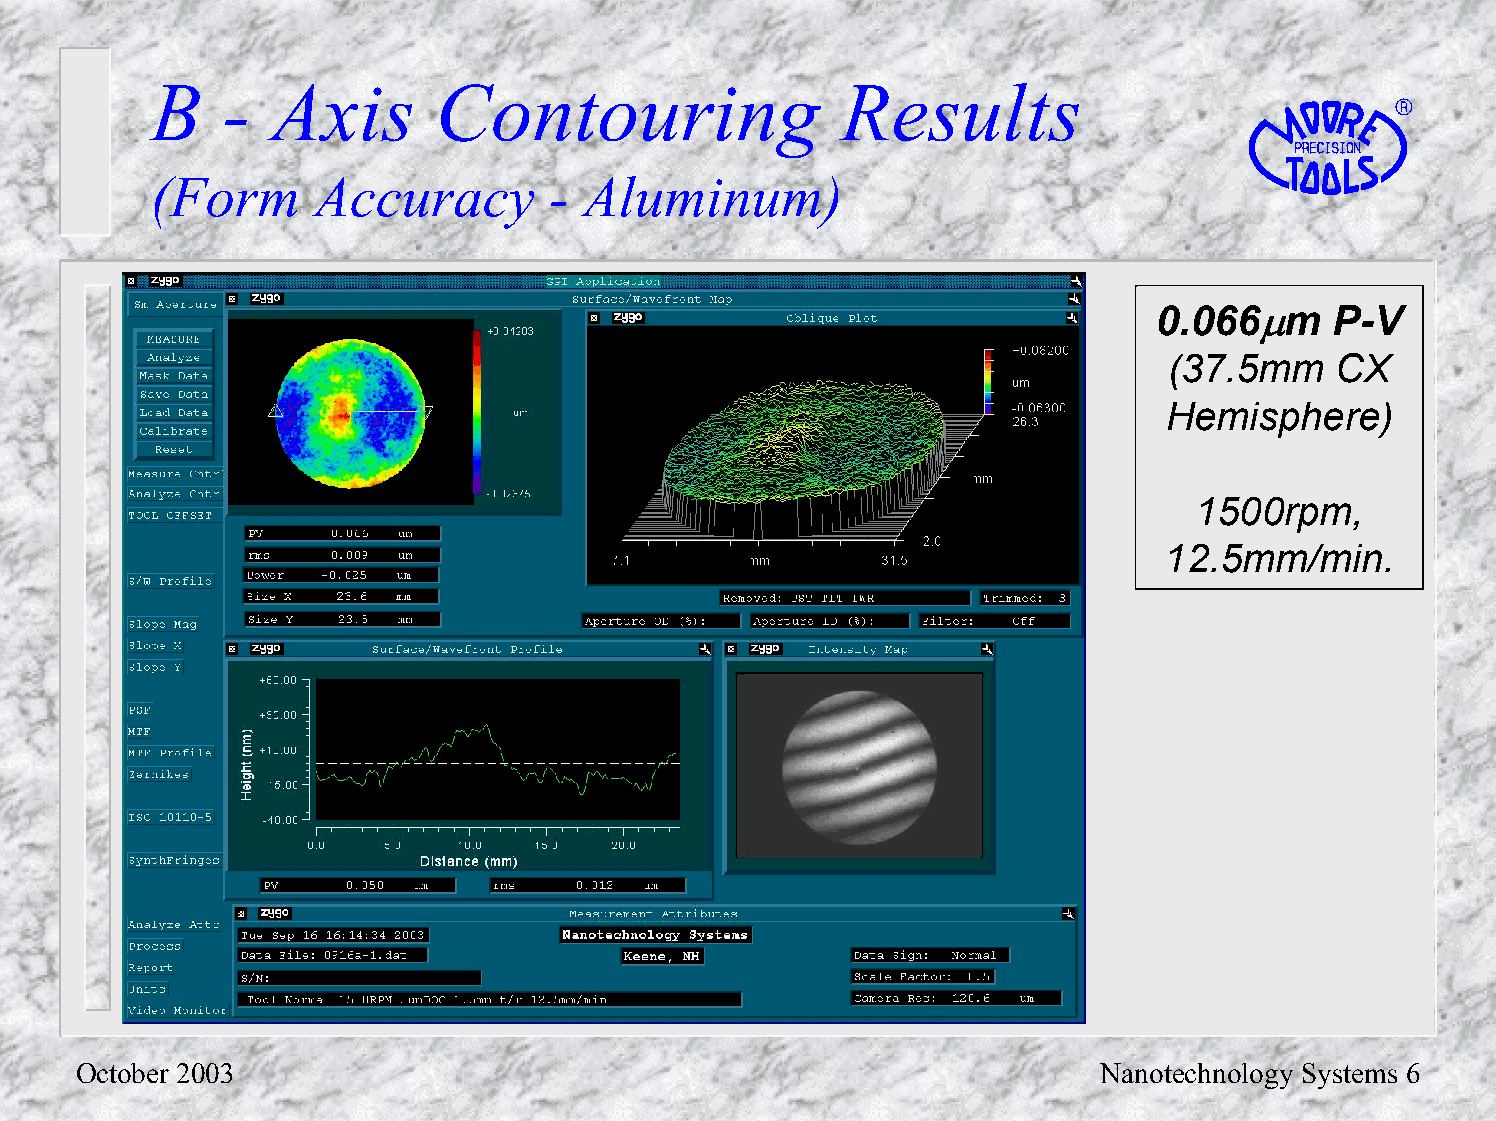
B    -  Axis       Contouring                 Results
 (Form      Accuracy       -  Aluminum)
 0.066µm    P-V
 (37.5mm     CX
 Hemisphere)
 1500rpm,
 12.5mm/min.
 October 2003                                                        Nanotechnology Systems 6